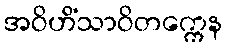
အဝိဟိံသာဝိတက္ကေန